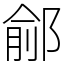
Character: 鄃